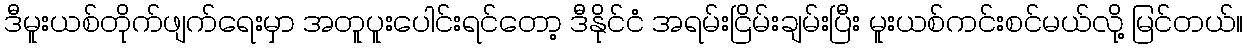
ဒီမူးယစ်တိုက်ဖျက်ရေးမှာ အတူပူးပေါင်းရင်တော့ ဒီနိုင်ငံ အရမ်းငြိမ်းချမ်းပြီး မူးယစ်ကင်းစင်မယ်လို့ မြင်တယ်။